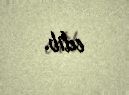
edib.